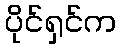
ပိုင်ရှင်က